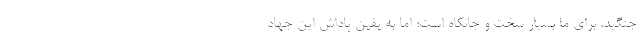
جنگید، برای ما بسیار سخت و جانکاه است؛ اما به یقین پاداش این جهاد